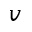
v